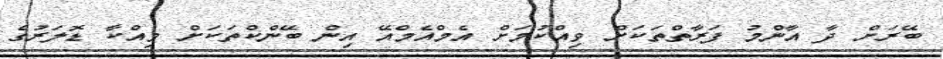
ބޭރަށް ދާ އާންމު ފަރާތްތަކަށް ވިއްކުމަށް އެމްއެމްއޭ އިން ބޭންކްތަކަށް ވިއްކާ ޑޮލަރުގެ